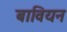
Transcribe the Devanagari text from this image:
बावियन